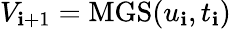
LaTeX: V_{\mathbf{i}+1}=\mathrm{{MGS}}(u_{\mathbf{i}},t_{\mathbf{i}})